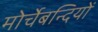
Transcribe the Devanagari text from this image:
मोर्चेबन्दियों